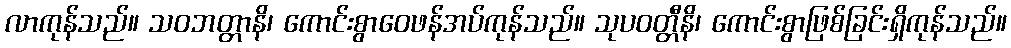
လာကုန်သည်။ သဝဘတ္တာနိ၊ ကောင်းစွာဝေဖန်အပ်ကုန်သည်။ သုပဝတ္တီနိ၊ ကောင်းစွာဖြစ်ခြင်းရှိကုန်သည်။